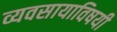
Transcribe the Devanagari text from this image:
व्यवसायाविषयी